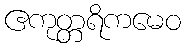
ဧကုတ္တရိကမေဝ